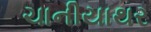
ચાનીયાથર